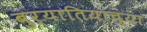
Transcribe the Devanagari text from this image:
बुर्यातियाच्या